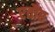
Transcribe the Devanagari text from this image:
एतौर